Report of the Bombay Veterinary College
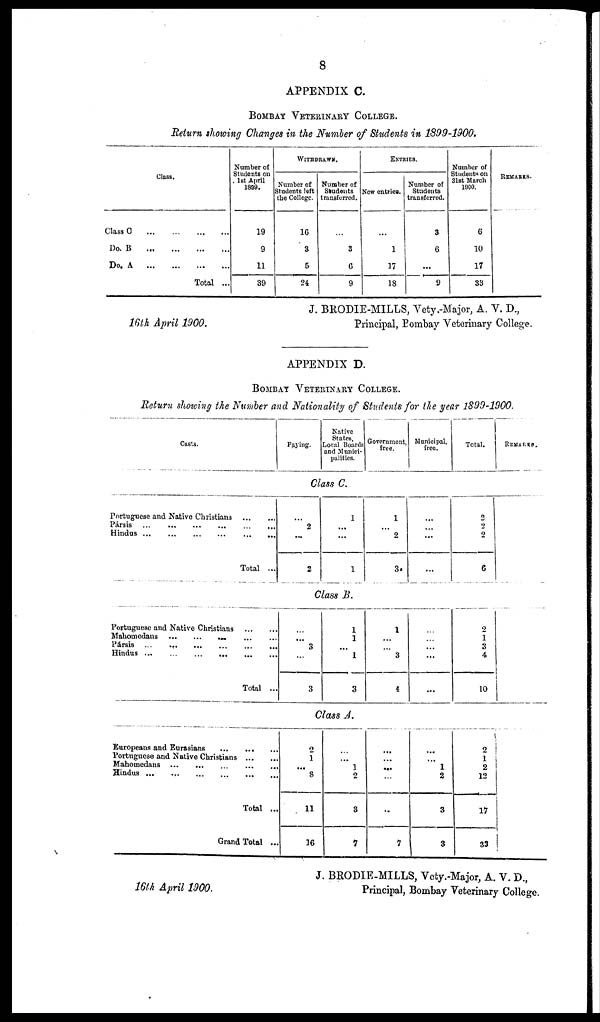
8
APPENDIX C.
BOMBAY VETERINARY COLLEGE.
Return showing Changes in the Number of Students in 1899-1900.
Class.
Class C
Do. B
...
Do. A
...
Total ...
Number of
Students on
1st April
1899.
19
9
11
39
WITHDRAWN.
Number of
Students left
the College.
16
3
5
24
Number of
Students
transferred.
...
3
6
9
ENTRIES.
New entries.
...
1
17
18
Number of
Students
transferred.
3
6
...
9
Number of
Students on
31st March
1900.
6
10
17
33
REMARKS.
J. BRODIE-MILLS, Vety.-Major, A. V. D.,
16th April
1900.
Principal, Bombay Veterinary College.
APPENDIX D.
BOMBAY VETERINARY COLLEGE
Return showing the Number and Nationality of Students for the year 1899-1900.
Casts.
Paying.
Native
States,
Local Boards
and Munici-
palities.
Government,
free.
Municipal,
free.
Total.
REMARKS.
Class C.
Portuguese and Native Christians
Pársis
... ...
Hindus
...
...
Total ... ...
...
2
...
2
1
...
...
1
1
...
2
3
...
...
...
...
2
2
2
6
Class B.
Portuguese and Native Christians
...
...
Mahomedans
...
...
...
...
...
...
Pársis
...
...
...
...
...
...
Hindus
...
...
...
...
...
...
Total ...
...
...
3
...
3
1
1
...
1
3
1
...
...
3
4
...
...
...
...
...
2
1
3
4
10
Class A.
Europeans and Eurasians
...
...
Portuguese and Native Christians
...
...
Mahomedans
...
...
...
...
...
...
Hindus...
...
...
...
...
...
Total ...
Grand Total ...
2
1
...
8
11
16
...
...
1
2
3
7
...
...
...
...
...
7
...
...
1
2
3
3
2
1
2
12
17
33
J. BRODIE-MILLS, Vety.-Major, A. V. D.,
16th April 1900.
Principal, Bombay Veterinary College.